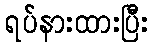
ရပ်နားထားပြီး